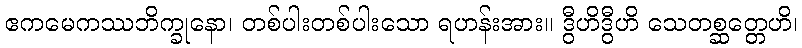
ဧကမေကဿဘိက္ခုနော၊ တစ်ပါးတစ်ပါးသော ရဟန်းအား။ ဒွီဟိဒွီဟိ သေတစ္ဆတ္တေဟိ၊